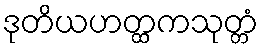
ဒုတိယဟတ္ထကသုတ္တံ